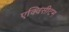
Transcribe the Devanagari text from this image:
एक्विसीटम